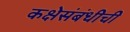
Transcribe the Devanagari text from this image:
कक्षेसंबंधीची